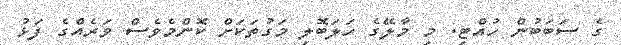
ގެ ސަބަބުން ހުއްޓި. މި މާލޭގެ ހަލަބޮލި މަގުތަކަށް ކޮންމެވެސް ވަރެއްގެ ފަޅު